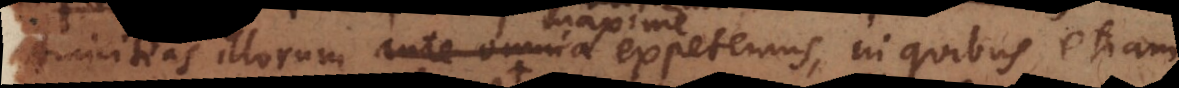
amicitias illorum ante omnia maxime expetemus, in quibus etiam